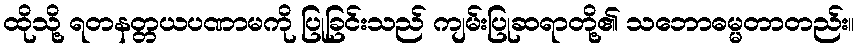
ထိုသို့ ရတနတ္တယပဏာမကို ပြုခြင်းသည် ကျမ်းပြုဆရာတို့၏ သဘောဓမ္မတာတည်း။